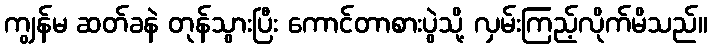
ကျွန်မ ဆတ်ခနဲ တုန်သွားပြီး ကောင်တာစားပွဲသို့ လှမ်းကြည့်လိုက်မိသည်။